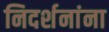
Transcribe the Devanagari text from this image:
निदर्शनांना